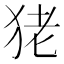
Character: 狫